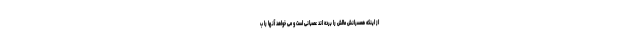
از اینکه همسرانش مالش را برده اند عصبانی است و می خواهد آنها را ب